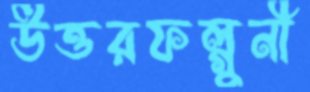
উত্তরফল্গুনী